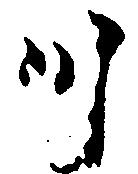
川